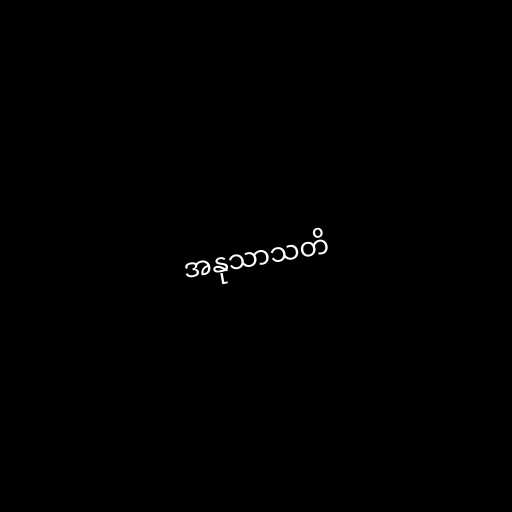
အနုသာသတိ